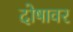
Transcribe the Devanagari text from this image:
दोषावर